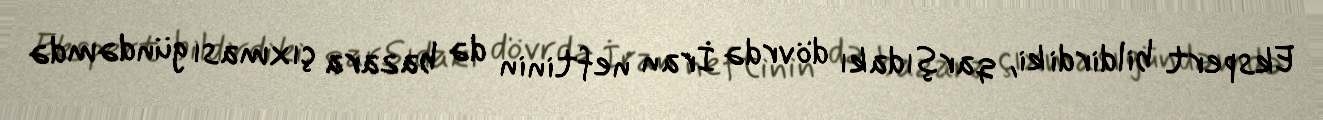
Ekspert bildirdi ki, qarşıdakı dövrdə İran neftinin də bazara çıxması gündəmdə